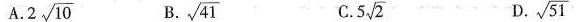
A.2\sqrt{10} B.\sqrt{41} C.5\sqrt{2} D.\sqrt{51}